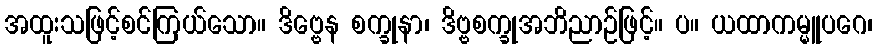
အထူးသဖြင့်စင်ကြယ်သော။ ဒိဗ္ဗေန စက္ခုနာ၊ ဒိဗ္ဗစက္ခုအဘိညာဉ်ဖြင့်။ ပ။ ယထာကမ္မူပဂေ၊